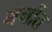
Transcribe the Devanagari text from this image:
मर्गोत